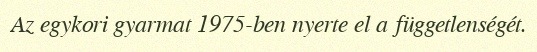
Az egykori gyarmat 1975-ben nyerte el a függetlenségét.